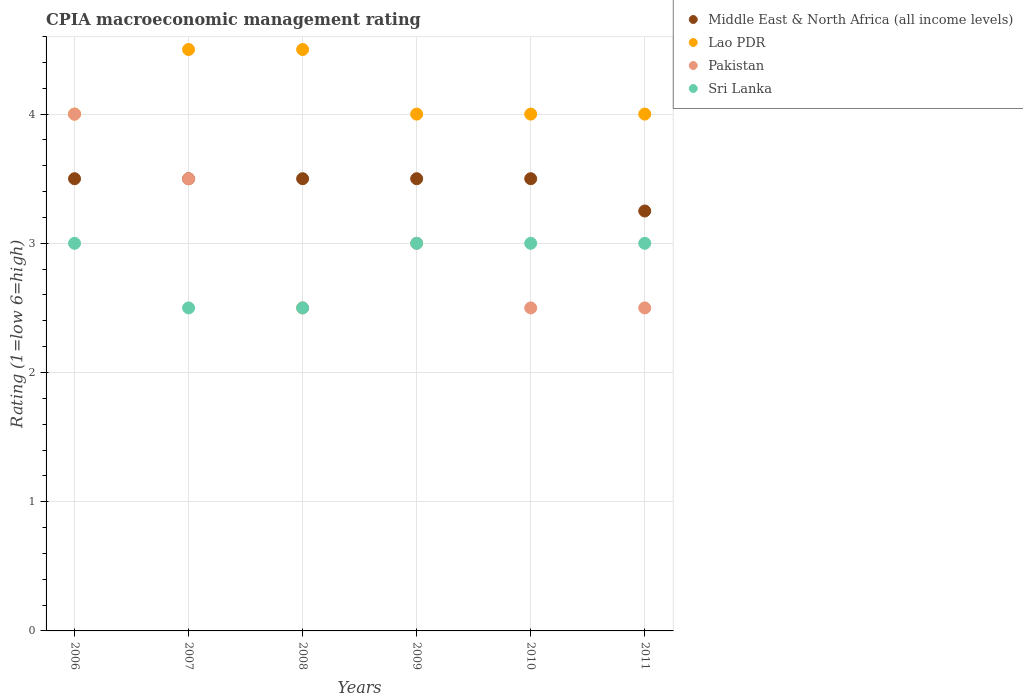
| Years | Middle East & North Africa (all income levels) | Lao PDR | Pakistan | Sri Lanka |
 | --- | --- | --- | --- | --- |
 | 2006 | 3.5 | 4 | 4 | 3 |
 | 2007 | 3.5 | 4.5 | 3.5 | 2.5 |
 | 2008 | 3.5 | 4.5 | 2.5 | 2.5 |
 | 2009 | 3.5 | 4 | 3 | 3 |
 | 2010 | 3.5 | 4 | 2.5 | 3 |
 | 2011 | 3.25 | 4 | 2.5 | 3 |